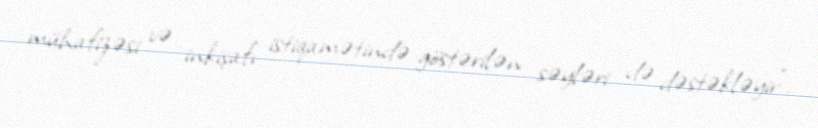
mühafizəsi və inkişafı istiqamətində göstərilən səyləri də dəstəkləyir”.